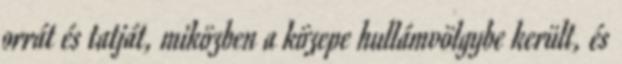
orrát és tatját, miközben a közepe hullámvölgybe került, és